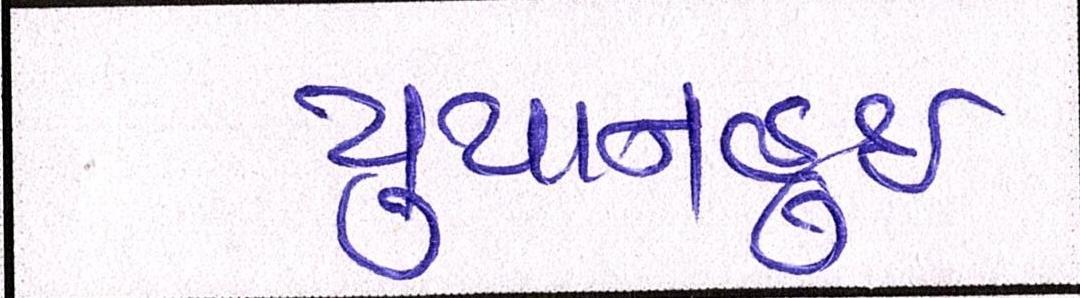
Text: યુયાનહુઈ